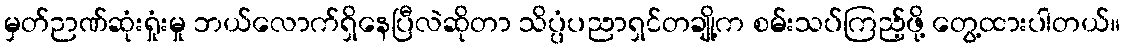
မှတ်ဉာဏ်ဆုံးရှုံးမှု ဘယ်လောက်ရှိနေပြီလဲဆိုတာ သိပ္ပံပညာရှင်တချို့က စမ်းသပ်ကြည့်ဖို့ တွေ့ထားပါတယ်။